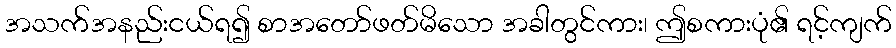
အသက်အနည်းငယ်ရ၍ စာအတော်ဖတ်မိသော အခါတွင်ကား၊ ဤစကားပုံ၏ ရင့်ကျက်